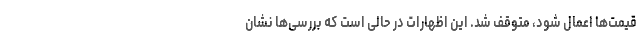
قیمت‌ها اعمال شود، متوقف شد. این اظهارات در حالی است که بررسی‌ها نشان